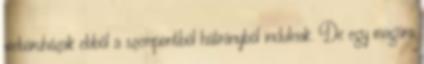
webáruházak ebből a szempontból hátrányból indulnak. De egy magára